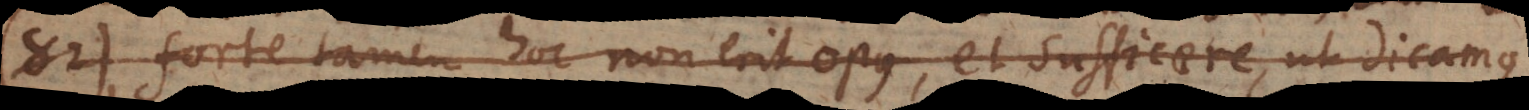
82) Forte tamen hoc non erit opus, et sufficere, ut dicamus,